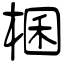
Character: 棞